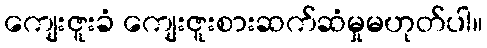
ကျေးဇူးခံ ကျေးဇူးစားဆက်ဆံမှုမဟုတ်ပါ။